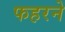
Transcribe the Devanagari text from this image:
फहरने